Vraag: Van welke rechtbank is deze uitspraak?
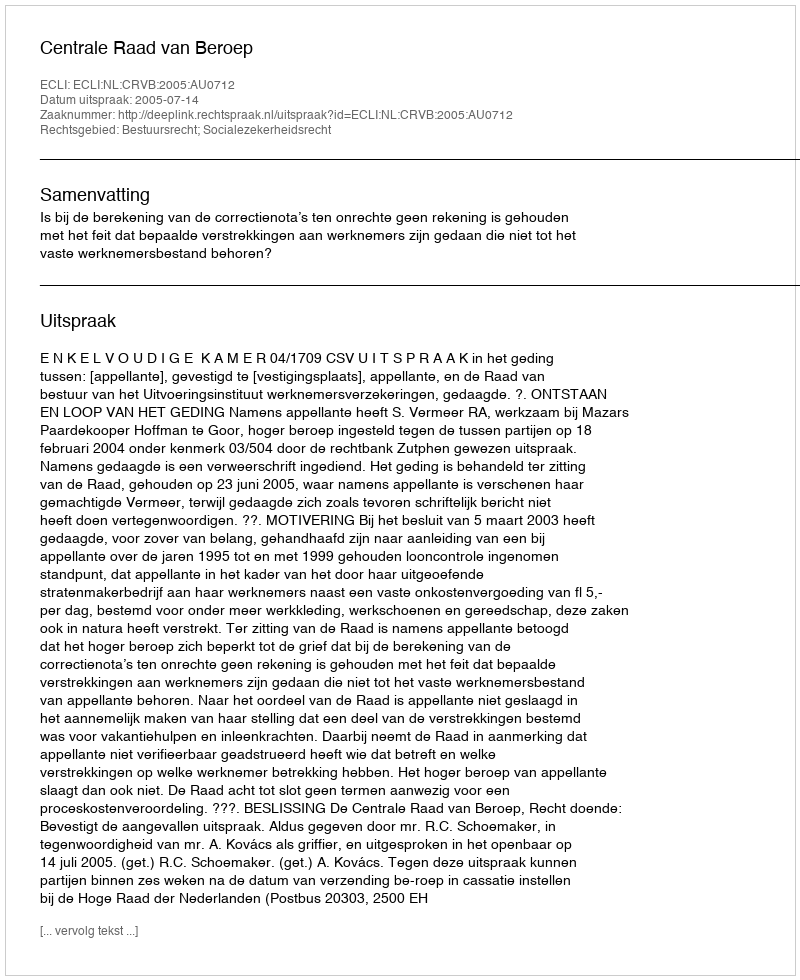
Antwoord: Centrale Raad van Beroep